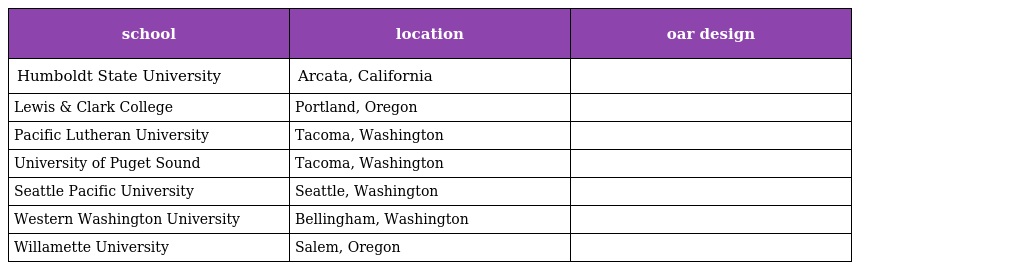
| school | location | oar design |
 | --- | --- | --- |
 | Humboldt State University | Arcata, California |  |
 | Lewis & Clark College | Portland, Oregon |  |
 | Pacific Lutheran University | Tacoma, Washington |  |
 | University of Puget Sound | Tacoma, Washington |  |
 | Seattle Pacific University | Seattle, Washington |  |
 | Western Washington University | Bellingham, Washington |  |
 | Willamette University | Salem, Oregon |  |